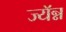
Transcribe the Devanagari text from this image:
ज्यॅन्न